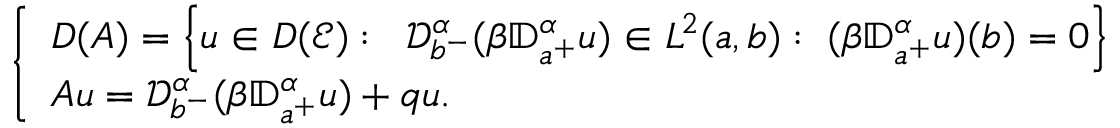
\left\{ \begin{array} { l l } { D ( A ) = \Big \{ u \in D ( \mathcal E ) : \; \; { \mathcal D } _ { b ^ { - } } ^ { \alpha } ( \beta { \mathbb D } _ { a ^ { + } } ^ { \alpha } u ) \in L ^ { 2 } ( a , b ) : \; ( \beta { \mathbb D } _ { a ^ { + } } ^ { \alpha } u ) ( b ) = 0 \Big \} } \\ { A u = { \mathcal D } _ { b ^ { - } } ^ { \alpha } ( \beta { \mathbb D } _ { a ^ { + } } ^ { \alpha } u ) + q u . } \end{array} \right.